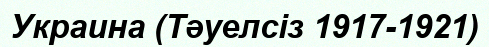
Украина (Тәуелсіз 1917-1921)